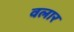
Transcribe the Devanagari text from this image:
वलार